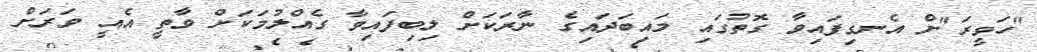
"ހަވީރަ"ށް އެނގިފައިވާ ގޮތުގައި މައިބަދައިގެ ނާރަކަށް ލިބިފައިވާ ގެއްލުމަކަށް ވާތީ އެއީ ވަރަށް